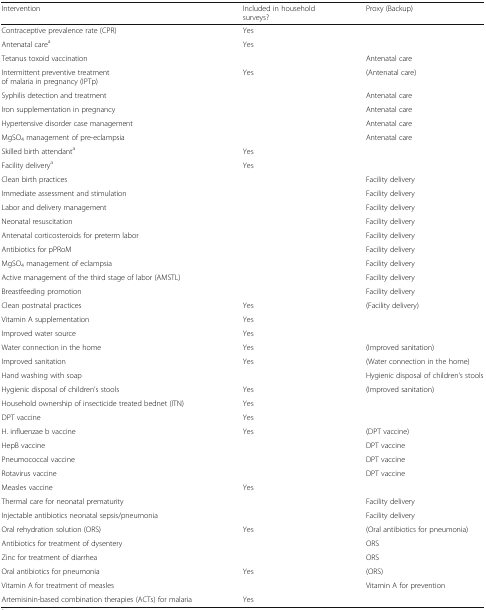
<table><thead><tr><td><b>Intervention</b></td><td><b>Included in household surveys?</b></td><td><b>Proxy (Backup)</b></td></tr></thead><tbody><tr><td>Contraceptive prevalence rate (CPR)</td><td>Yes</td><td></td></tr><tr><td>Antenatal care<sup>a</sup></td><td>Yes</td><td></td></tr><tr><td>Tetanus toxoid vaccination</td><td></td><td>Antenatal care</td></tr><tr><td>Intermittent preventive treatment of malaria in pregnancy (IPTp)</td><td>Yes</td><td>(Antenatal care)</td></tr><tr><td>Syphilis detection and treatment</td><td></td><td>Antenatal care</td></tr><tr><td>Iron supplementation in pregnancy</td><td></td><td>Antenatal care</td></tr><tr><td>Hypertensive disorder case management</td><td></td><td>Antenatal care</td></tr><tr><td>MgSO<sub>4</sub> management of pre-eclampsia</td><td></td><td>Antenatal care</td></tr><tr><td>Skilled birth attendant<sup>a</sup></td><td>Yes</td><td></td></tr><tr><td>Facility delivery<sup>a</sup></td><td>Yes</td><td></td></tr><tr><td>Clean birth practices</td><td></td><td>Facility delivery</td></tr><tr><td>Immediate assessment and stimulation</td><td></td><td>Facility delivery</td></tr><tr><td>Labor and delivery management</td><td></td><td>Facility delivery</td></tr><tr><td>Neonatal resuscitation</td><td></td><td>Facility delivery</td></tr><tr><td>Antenatal corticosteroids for preterm labor</td><td></td><td>Facility delivery</td></tr><tr><td>Antibiotics for pPRoM</td><td></td><td>Facility delivery</td></tr><tr><td>MgSO<sub>4</sub> management of eclampsia</td><td></td><td>Facility delivery</td></tr><tr><td>Active management of the third stage of labor (AMSTL)</td><td></td><td>Facility delivery</td></tr><tr><td>Breastfeeding promotion</td><td></td><td>Facility delivery</td></tr><tr><td>Clean postnatal practices</td><td>Yes</td><td>(Facility delivery)</td></tr><tr><td>Vitamin A supplementation</td><td>Yes</td><td></td></tr><tr><td>Improved water source</td><td>Yes</td><td></td></tr><tr><td>Water connection in the home</td><td>Yes</td><td>(Improved sanitation)</td></tr><tr><td>Improved sanitation</td><td>Yes</td><td>(Water connection in the home)</td></tr><tr><td>Hand washing with soap</td><td></td><td>Hygienic disposal of children’s stools</td></tr><tr><td>Hygienic disposal of children’s stools</td><td>Yes</td><td>(Improved sanitation)</td></tr><tr><td>Household ownership of insecticide treated bednet (ITN)</td><td>Yes</td><td></td></tr><tr><td>DPT vaccine</td><td>Yes</td><td></td></tr><tr><td>H. influenzae b vaccine</td><td>Yes</td><td>(DPT vaccine)</td></tr><tr><td>HepB vaccine</td><td></td><td>DPT vaccine</td></tr><tr><td>Pneumococcal vaccine</td><td></td><td>DPT vaccine</td></tr><tr><td>Rotavirus vaccine</td><td></td><td>DPT vaccine</td></tr><tr><td>Measles vaccine</td><td>Yes</td><td></td></tr><tr><td>Thermal care for neonatal prematurity</td><td></td><td>Facility delivery</td></tr><tr><td>Injectable antibiotics neonatal sepsis/pneumonia</td><td></td><td>Facility delivery</td></tr><tr><td>Oral rehydration solution (ORS)</td><td>Yes</td><td>(Oral antibiotics for pneumonia)</td></tr><tr><td>Antibiotics for treatment of dysentery</td><td></td><td>ORS</td></tr><tr><td>Zinc for treatment of diarrhea</td><td></td><td>ORS</td></tr><tr><td>Oral antibiotics for pneumonia</td><td>Yes</td><td>(ORS)</td></tr><tr><td>Vitamin A for treatment of measles</td><td></td><td>Vitamin A for prevention</td></tr><tr><td>Artemisinin-based combination therapies (ACTs) for malaria</td><td>Yes</td><td></td></tr></tbody></table>